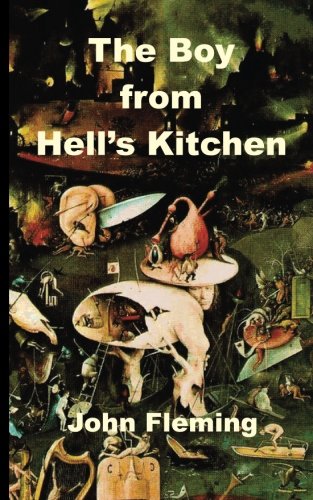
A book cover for The Boy from Hell's Kitchen: Growing Up in a New York Slum; John G Fleming; Biographies & Memoirs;